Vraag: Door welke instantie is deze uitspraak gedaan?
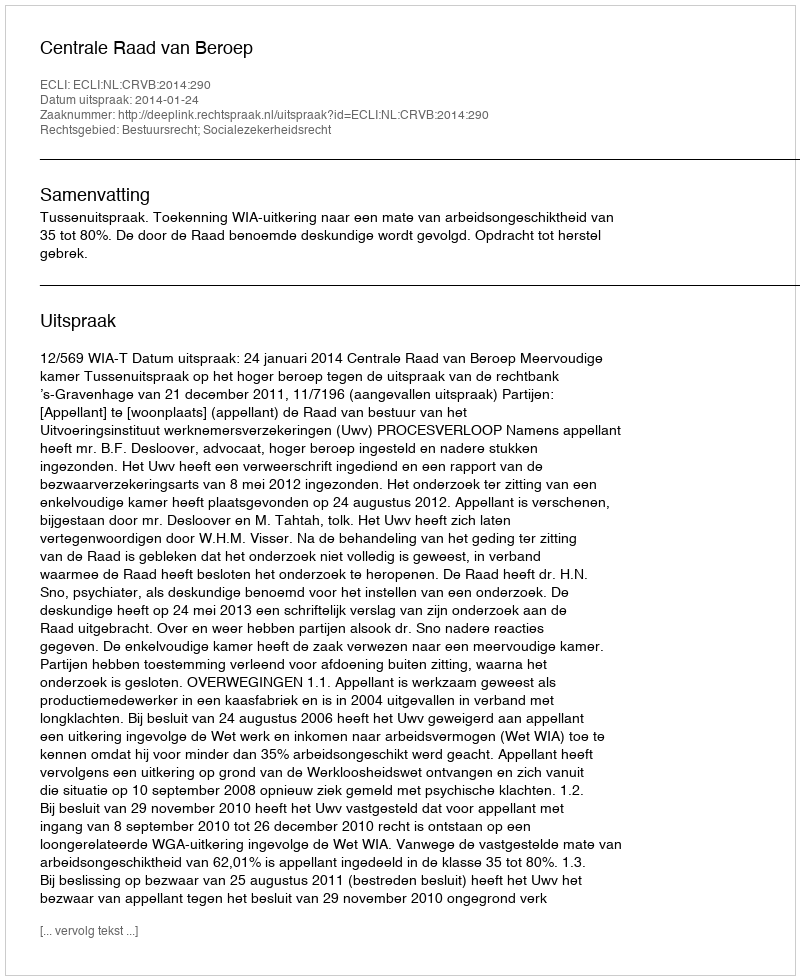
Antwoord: Centrale Raad van Beroep